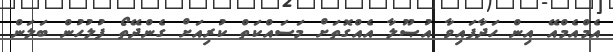
އެމްއެމްއޭ އިން ހަދާފައިވާ އުޞޫލާ އެއްގޮތަށް މަސައްކަތް ކުރިއަށް ގެންދޭތޯ ފުލުހުން ބަލަން